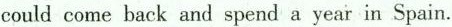
could come back and spend a year in Spain.